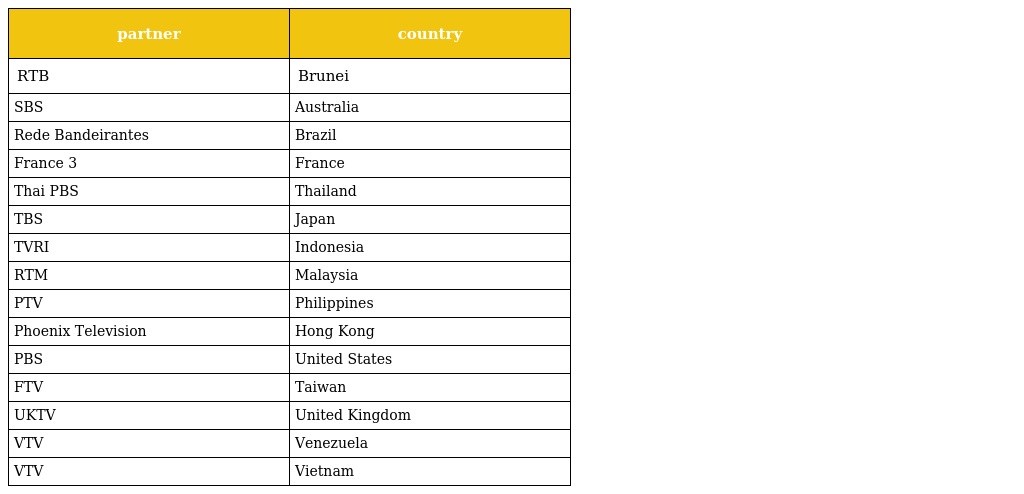
| partner | country |
 | --- | --- |
 | RTB | Brunei |
 | SBS | Australia |
 | Rede Bandeirantes | Brazil |
 | France 3 | France |
 | Thai PBS | Thailand |
 | TBS | Japan |
 | TVRI | Indonesia |
 | RTM | Malaysia |
 | PTV | Philippines |
 | Phoenix Television | Hong Kong |
 | PBS | United States |
 | FTV | Taiwan |
 | UKTV | United Kingdom |
 | VTV | Venezuela |
 | VTV | Vietnam |